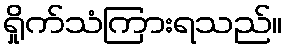
ရှိုက်သံကြားရသည်။